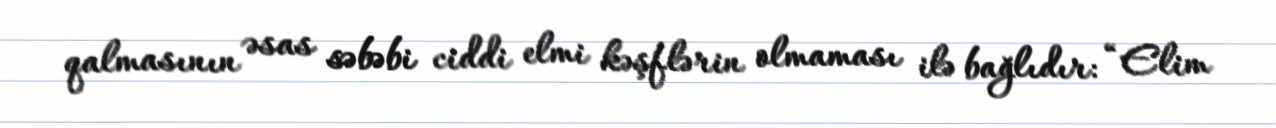
qalmasının əsas səbəbi ciddi elmi kəşflərin olmaması ilə bağlıdır: “Elim